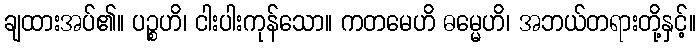
ချထားအပ်၏။ ပဉ္စဟိ၊ ငါးပါးကုန်သော။ ကတမေဟိ ဓမ္မေဟိ၊ အဘယ်တရားတို့နှင့်။